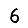
Digit: 6